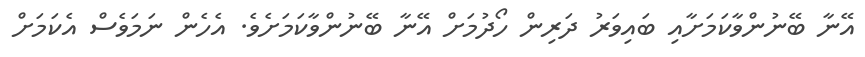
އޭނާ ބޭނުންވާކަމަށާއި ބައިވަރު ދަރިން ހޯދުމަށް އޭނާ ބޭނުންވާކަމަށެވެ. އެހެން ނަމަވެސް އެކަމަށް